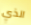
الذي